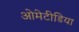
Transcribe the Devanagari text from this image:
ओमेटीडिया